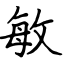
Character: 敏